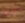
بارع